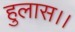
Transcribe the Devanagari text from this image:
हुलास।।